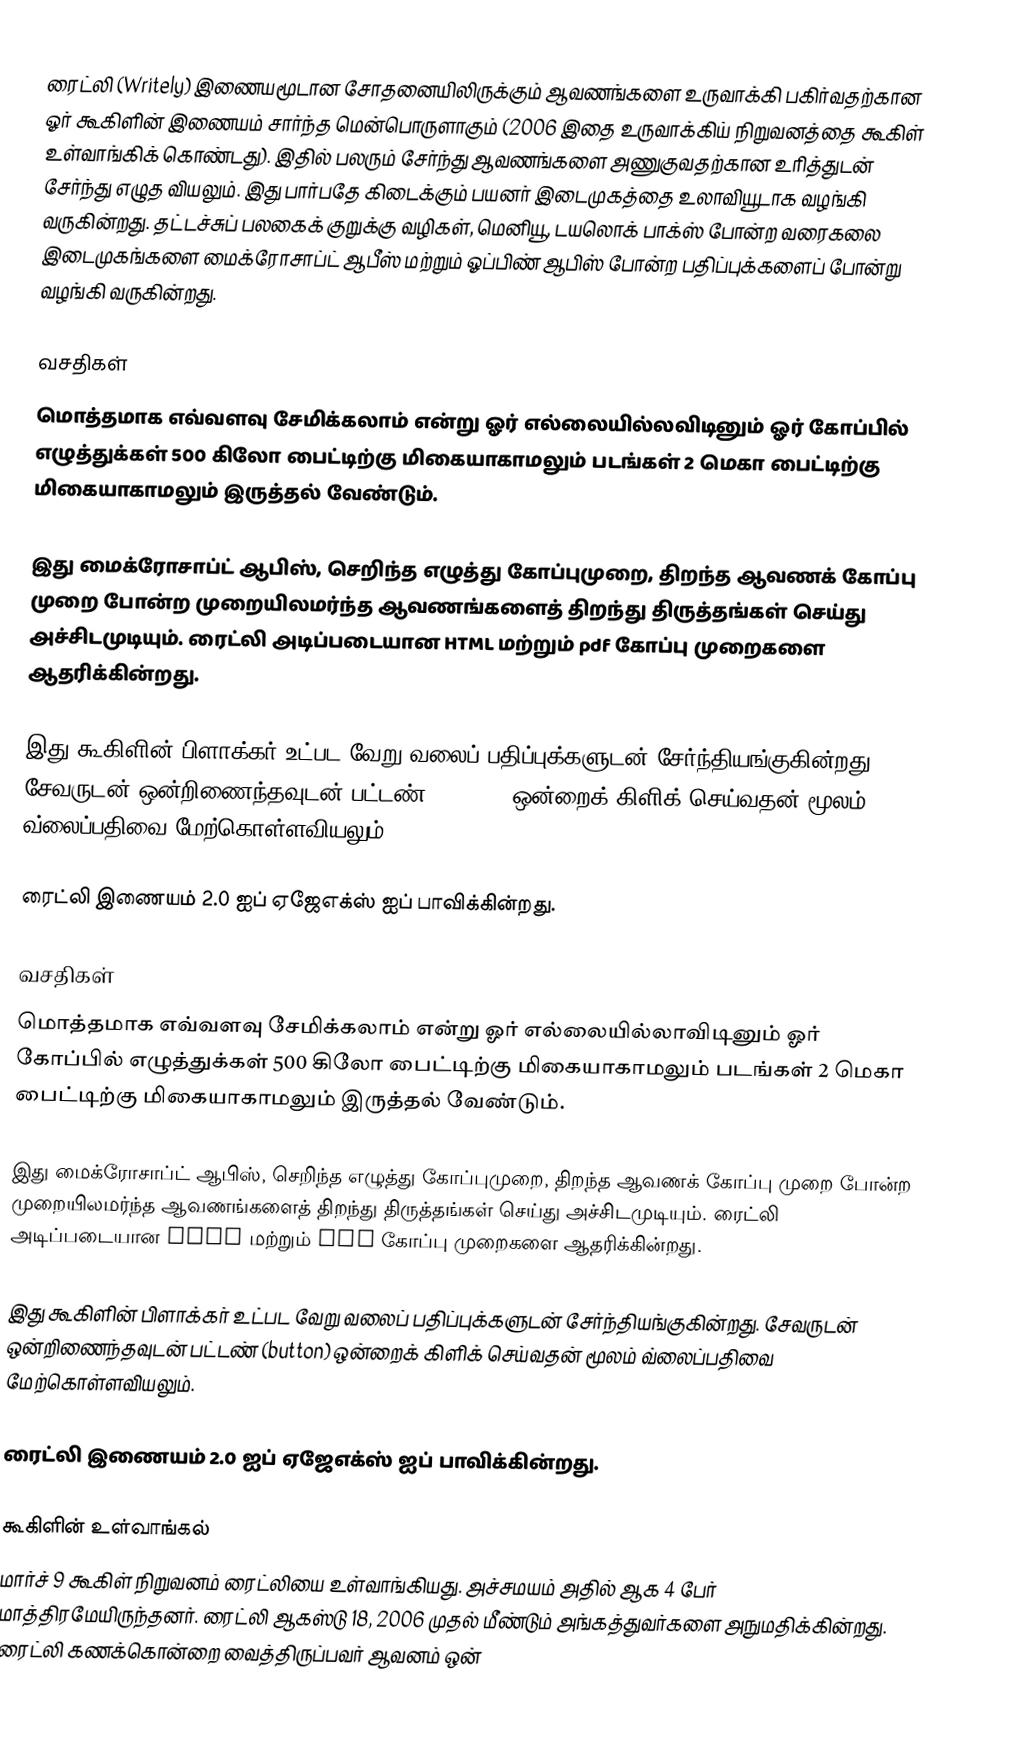
ரைட்லி (Writely) இணையமூடான சோதனையிலிருக்கும் ஆவணங்களை உருவாக்கி பகிர்வதற்கான ஓர் கூகிளின் இணையம் சார்ந்த மென்பொருளாகும் (2006 இதை உருவாக்கிய் நிறுவனத்தை கூகிள் உள்வாங்கிக் கொண்டது). இதில் பலரும் சேர்ந்து ஆவணங்களை அணுகுவதற்கான உரித்துடன் சேர்ந்து எழுத வியலும். இது பார்பதே கிடைக்கும் பயனர் இடைமுகத்தை உலாவியூடாக வழங்கி வருகின்றது. தட்டச்சுப் பலகைக் குறுக்கு வழிகள், மெனியூ, டயலொக் பாக்ஸ் போன்ற வரைகலை இடைமுகங்களை மைக்ரோசாப்ட் ஆபீஸ் மற்றும் ஓப்பிண் ஆபிஸ் போன்ற பதிப்புக்களைப் போன்று வழங்கி வருகின்றது.

வசதிகள்
மொத்தமாக எவ்வளவு சேமிக்கலாம் என்று ஓர் எல்லையில்லவிடினும் ஓர் கோப்பில் எழுத்துக்கள் 500 கிலோ பைட்டிற்கு மிகையாகாமலும் படங்கள் 2 மெகா பைட்டிற்கு மிகையாகாமலும் இருத்தல் வேண்டும்.

இது மைக்ரோசாப்ட் ஆபிஸ், செறிந்த எழுத்து கோப்புமுறை, திறந்த ஆவணக் கோப்பு முறை போன்ற முறையிலமர்ந்த ஆவணங்களைத் திறந்து திருத்தங்கள் செய்து அச்சிடமுடியும். ரைட்லி அடிப்படையான HTML மற்றும் pdf கோப்பு முறைகளை ஆதரிக்கின்றது.

இது கூகிளின் பிளாக்கர் உட்பட வேறு வலைப் பதிப்புக்களுடன் சேர்ந்தியங்குகின்றது. சேவருடன் ஒன்றிணைந்தவுடன் பட்டண் (button) ஒன்றைக் கிளிக் செய்வதன் மூலம் வ்லைப்பதிவை மேற்கொள்ளவியலும்.

ரைட்லி இணையம் 2.0 ஐப் ஏஜேஎக்ஸ் ஐப் பாவிக்கின்றது.

வசதிகள்
மொத்தமாக எவ்வளவு சேமிக்கலாம் என்று ஓர் எல்லையில்லாவிடினும் ஓர் கோப்பில் எழுத்துக்கள் 500 கிலோ பைட்டிற்கு மிகையாகாமலும் படங்கள் 2 மெகா பைட்டிற்கு மிகையாகாமலும் இருத்தல் வேண்டும்.

இது மைக்ரோசாப்ட் ஆபிஸ், செறிந்த எழுத்து கோப்புமுறை, திறந்த ஆவணக் கோப்பு முறை போன்ற முறையிலமர்ந்த ஆவணங்களைத் திறந்து திருத்தங்கள் செய்து அச்சிடமுடியும். ரைட்லி அடிப்படையான HTML மற்றும் pdf கோப்பு முறைகளை ஆதரிக்கின்றது.

இது கூகிளின் பிளாக்கர் உட்பட வேறு வலைப் பதிப்புக்களுடன் சேர்ந்தியங்குகின்றது. சேவருடன் ஒன்றிணைந்தவுடன் பட்டண் (button) ஒன்றைக் கிளிக் செய்வதன் மூலம் வ்லைப்பதிவை மேற்கொள்ளவியலும்.

ரைட்லி இணையம் 2.0 ஐப் ஏஜேஎக்ஸ் ஐப் பாவிக்கின்றது.

கூகிளின் உள்வாங்கல்
மார்ச் 9 கூகிள் நிறுவனம் ரைட்லியை உள்வாங்கியது. அச்சமயம் அதில் ஆக 4 பேர் மாத்திரமேயிருந்தனர். ரைட்லி ஆகஸ்டு 18, 2006 முதல் மீண்டும் அங்கத்துவர்களை அநுமதிக்கின்றது. ரைட்லி கணக்கொன்றை வைத்திருப்பவர் ஆவனம் ஒன்